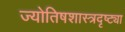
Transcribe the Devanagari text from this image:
ज्योतिषशास्त्रदृष्ट्या